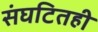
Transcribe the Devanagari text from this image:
संघटितही